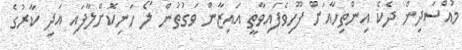
މުއްސަދިން ދެކެ އިންތިހާއަށް ފޫހިވެފައިވާތީ އައިޒާން ވަގުތުން ލޯ ހަނިކޮށްލާފައި އަދި ކާރުގެ